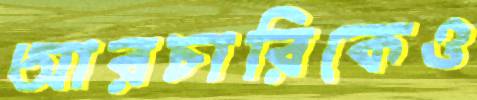
আরচারিকেও